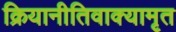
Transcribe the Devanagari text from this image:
क्रियानीतिवाक्यामृत